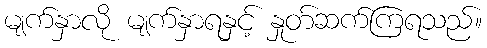
မျက်နှာလို မျက်နှာရနှင့် နှုတ်ဆက်ကြရသည်။